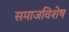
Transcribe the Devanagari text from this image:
समाजविशेष